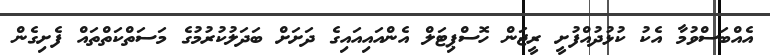
އެއްބަސްވުމާ އެކު ކުޅުދުއްފުށީ ރީޖަން ހޮސްޕިޓަލް އެންއައިއައިގެ ދަށަށް ބަދަލުކުރުމުގެ މަސަތްކަތްތައް ފެށިގެން